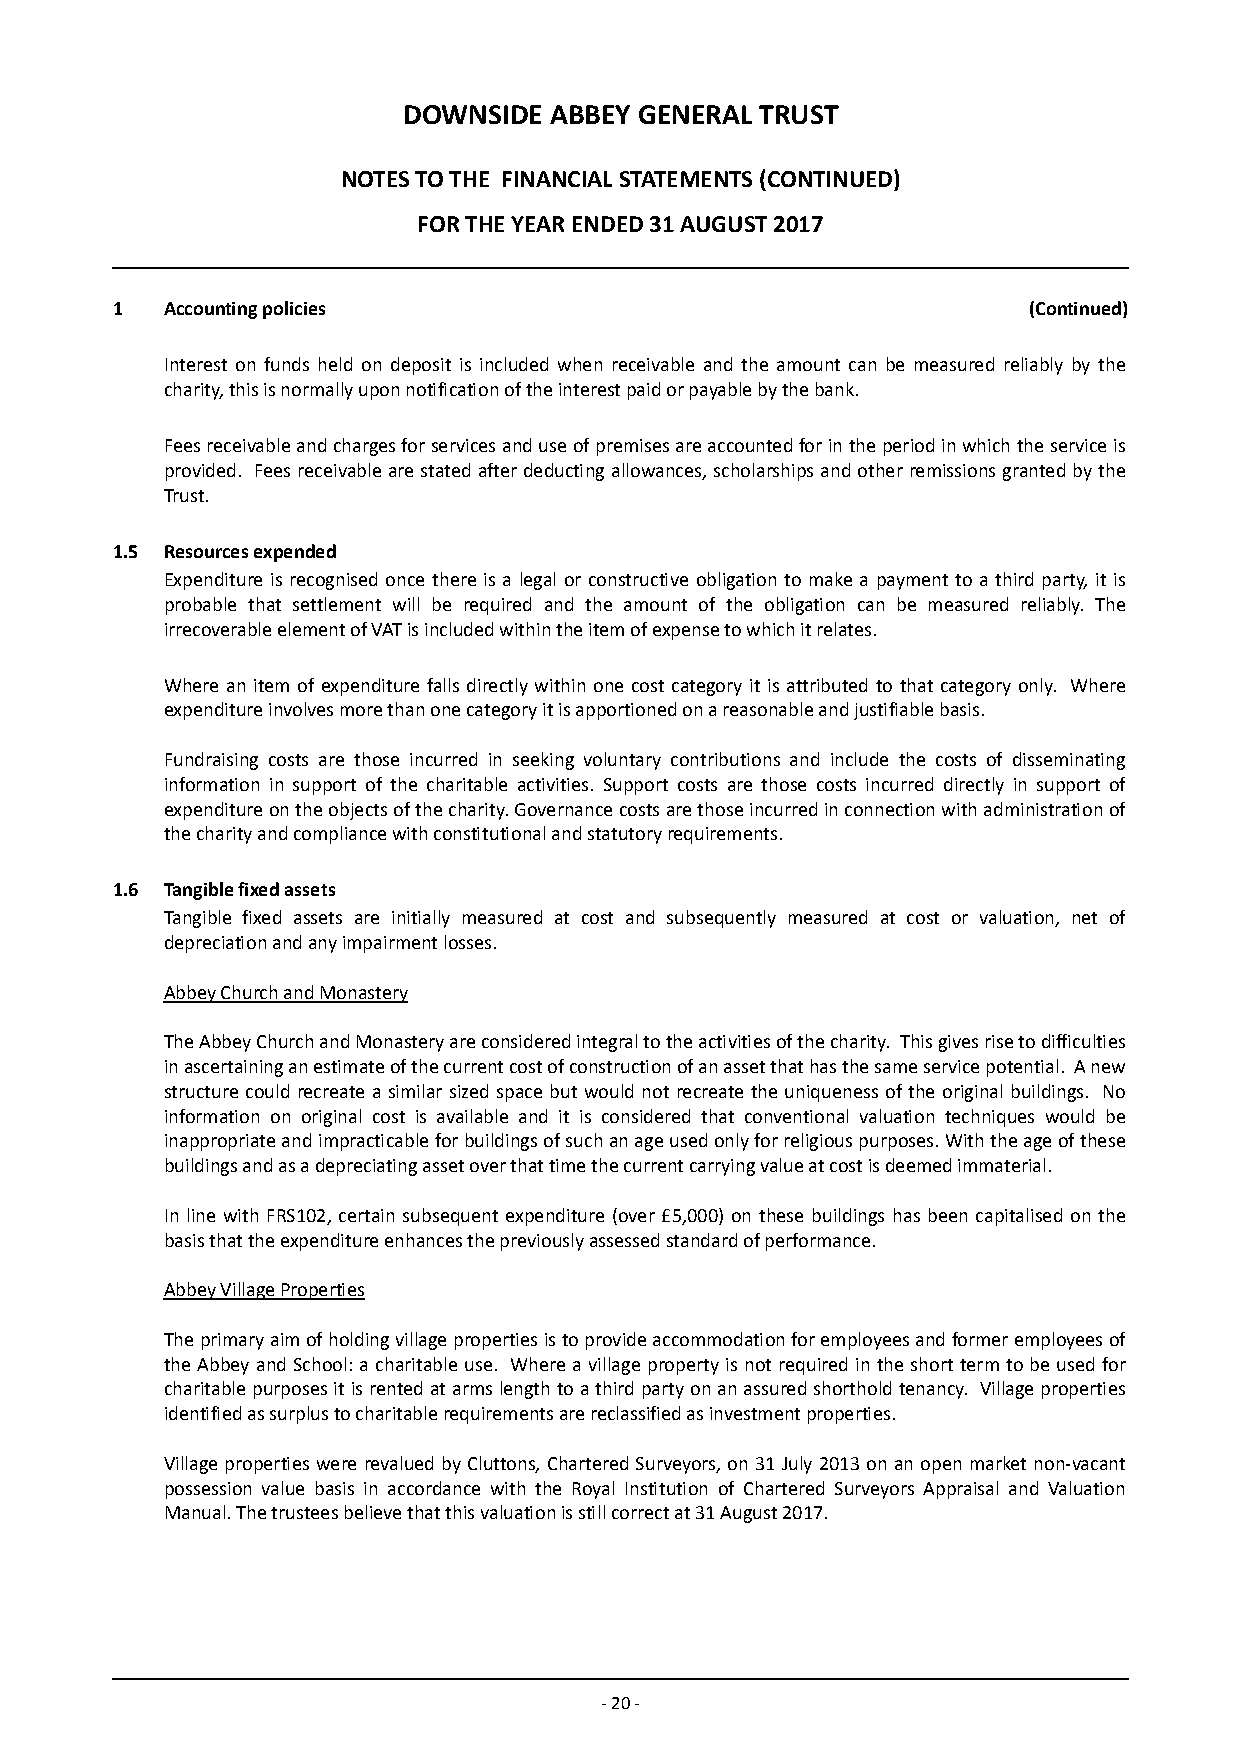
DOWNSIDE ABBEY GENERAL TRUST
 NOTES TO THE FINANCIAL STATEMENTS (CONTINUED)
 FOR THE YEAR ENDED 31 AUGUST 2017
 1   Accounting policies                                      (Continued)
 Interest on funds held on deposit is included when receivable and the amount can be measured reliably by the
 charity, this is normally upon notification of the interest paid or payable by the bank.
 Fees receivable and charges for services and use of premises are accounted for in the period in which the service is
 provided. Fees receivable are stated after deducting allowances, scholarships and other remissions granted by the
 Trust.
 1.5 Resources expended
 Expenditure is recognised once there is a legal or constructive obligation to make a payment to a third party, it is
 probable that settlement will be required and the amount of the obligation can be measured reliably. The
 irrecoverable element of VAT is included within the item of expense to which it relates.
 Where an item of expenditure falls directly within one cost category it is attributed to that category only. Where
 expenditure involves more than one category it is apportioned on a reasonable and justifiable basis.
 Fundraising costs are those incurred in seeking voluntary contributions and include the costs of disseminating
 information in support of the charitable activities. Support costs are those costs incurred directly in support of
 expenditure on the objects of the charity. Governance costs are those incurred in connection with administration of
 the charity and compliance with constitutional and statutory requirements.
 1.6 Tangible fixed assets
 Tangible fixed assets a re initially measured at cost and subsequently measured at cost or valuation, net of
 depreciation and any impairment losses.
 Abbey Church and Monastery
 The Abbey Church and Monastery are considered integral to the activities of the charity. This gives rise to difficulties
 in ascertaining an estimate of the current cost of construction of an asset that has the same service potential. A new
 structure could recreate a similar sized space but would not recreate the uniqueness of the original buildings. No
 information on original cost is available and it is considered that conventional valuation techniques would be
 inappropriate and impracticable for buildings of such an age used only for religious purposes. With the age of these
 buildings and as a depreciating asset over that time the current carrying value at cost is deemed immaterial.
 In line with FRS102, certain subsequent expenditure (over £5,000) on these buildings has been capitalised on the
 basis that the expenditure enhances the previously assessed standard of performance.
 Abbey Village Properties
 The primary aim of holding village properties is to provide accommodation for employees and former employees of
 the Abbey and School: a charitable use. Where a village property is not required in the short term to be used for
 charitable purposes it is rented at arms length to a third party on an assured shorthold tenancy. Village properties
 identified as surplus to charitable requirements are reclassified as investment properties.
 Village properties were revalued by Cluttons, Chartered Surveyors, on 31 July 2013 on an open market non-vacant
 possession value basis in accordance with the Royal Institution of Chartered Surveyors Appraisal and Valuation
 Manual. The trustees believe that this valuation is still correct at 31 August 2017.
 - 20 -